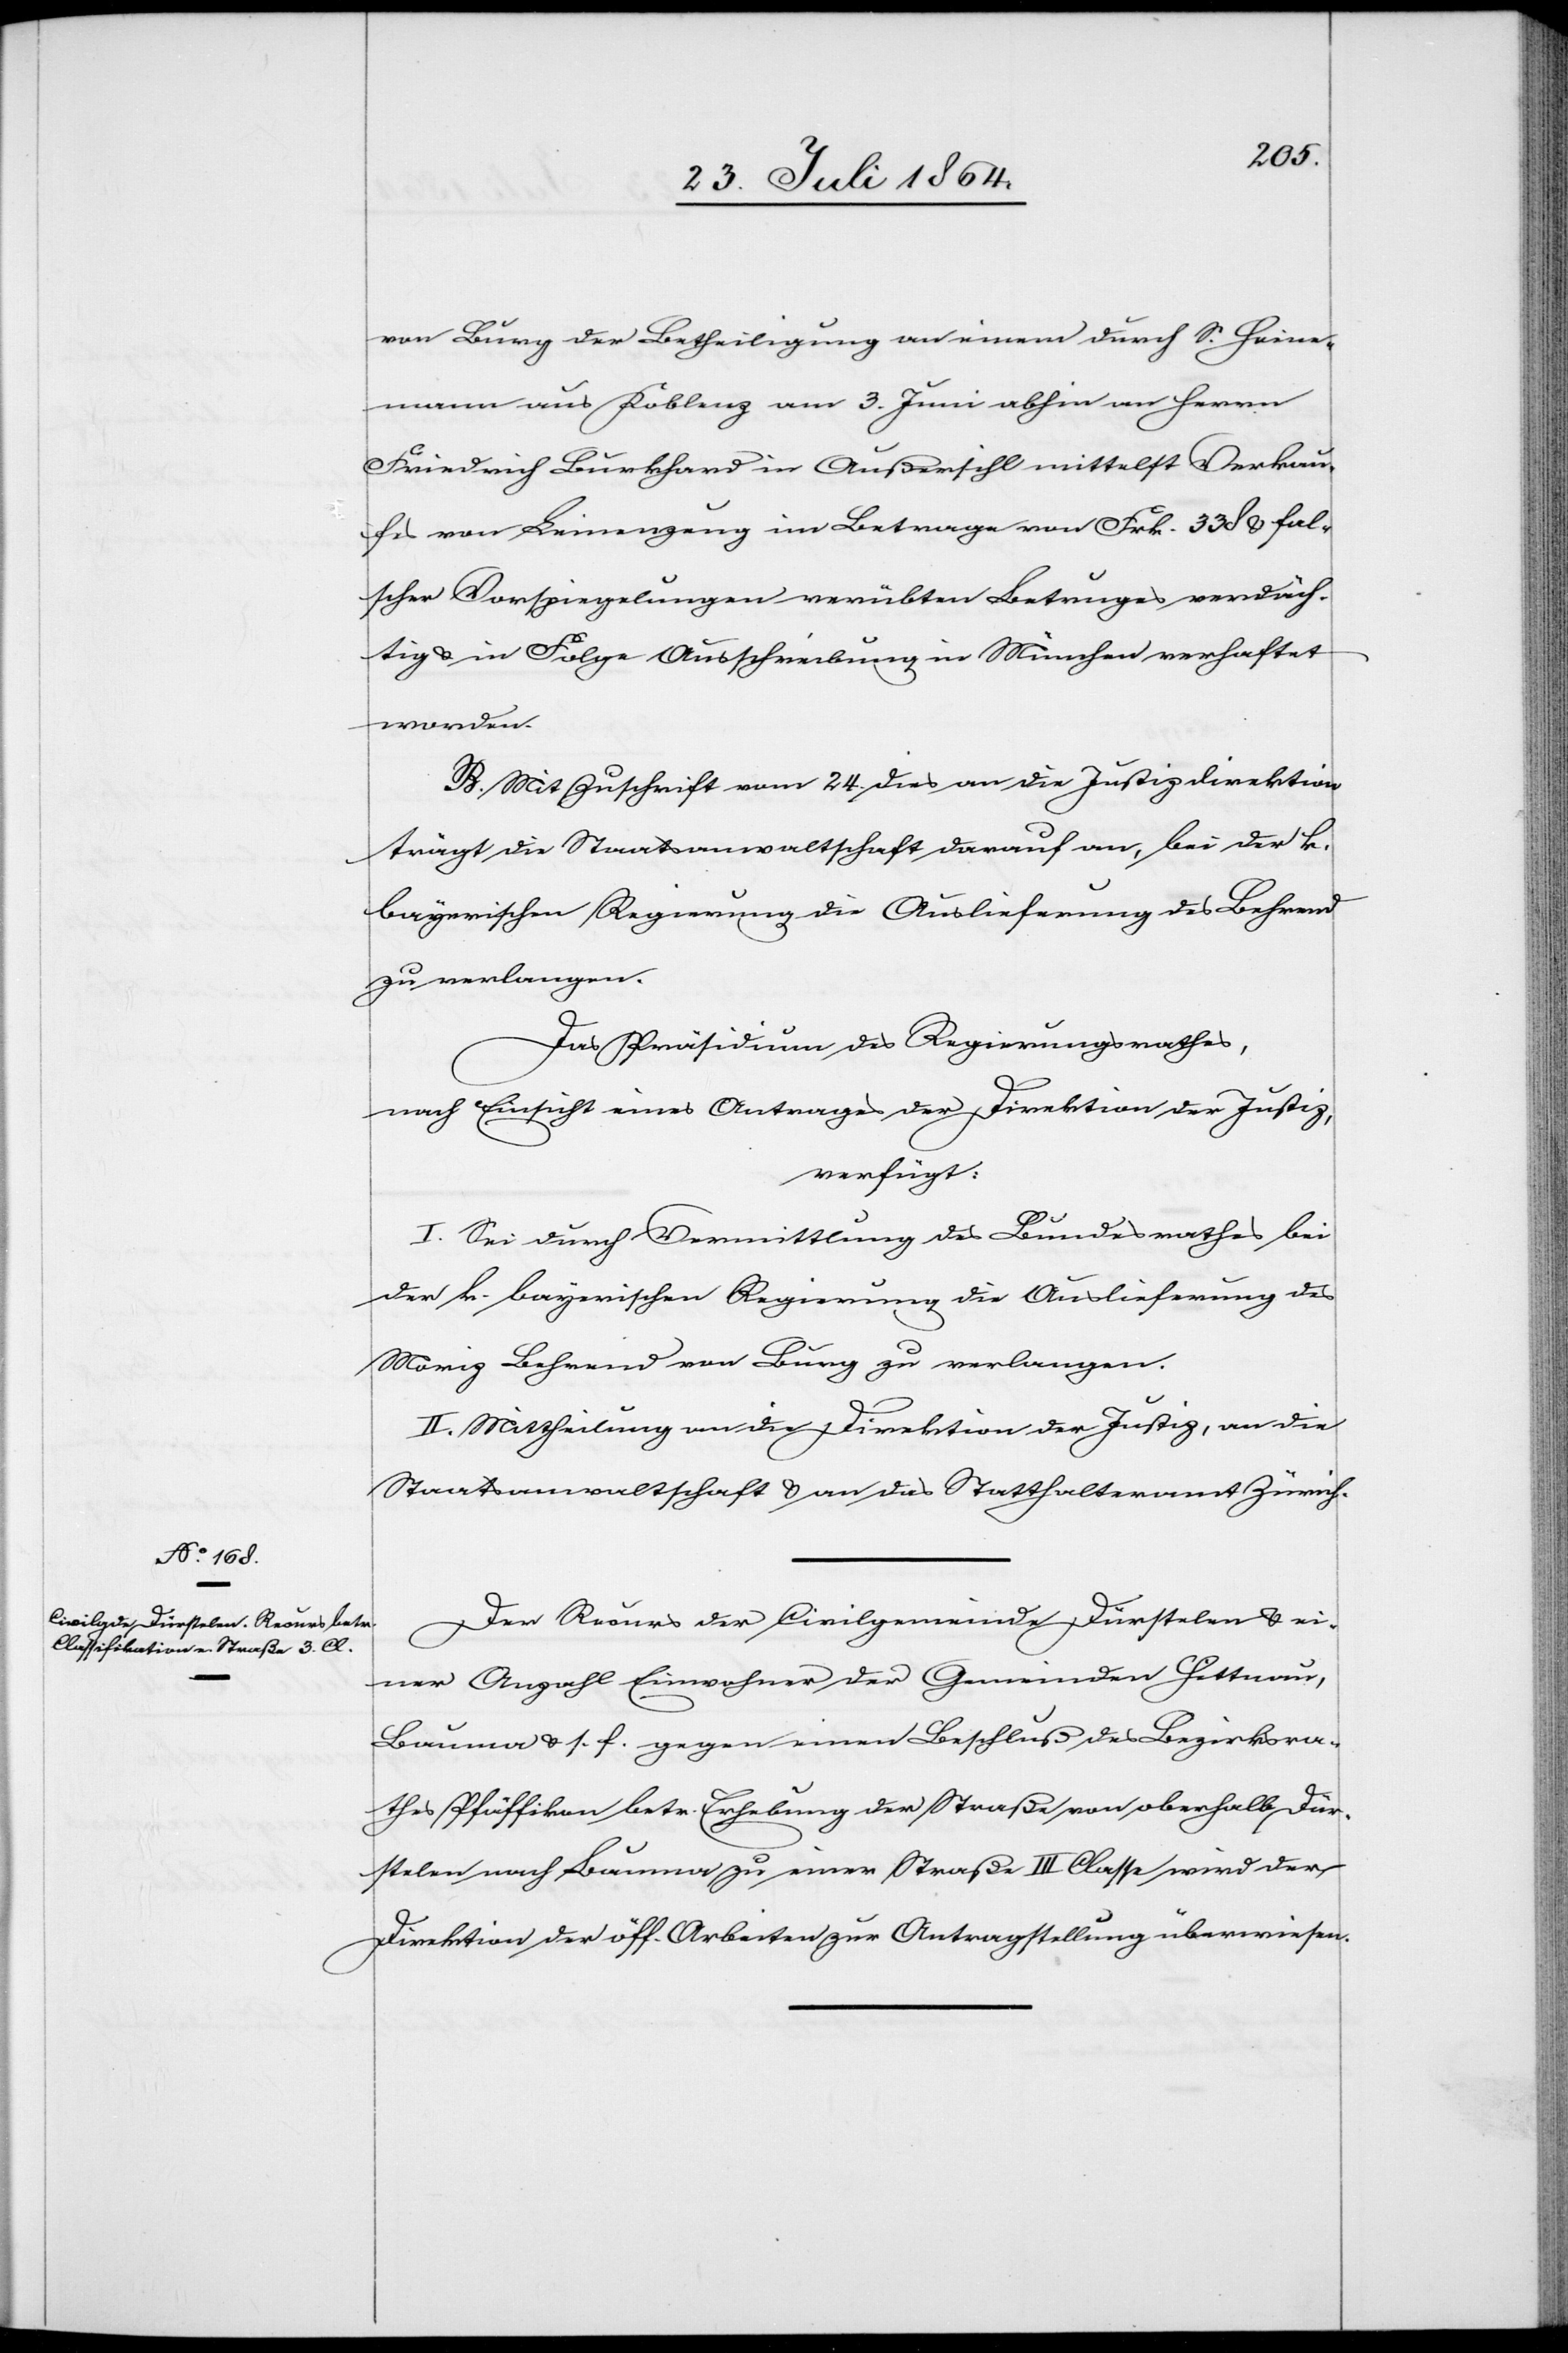
28. Juli 1864.]
von Burg der Betheiligung an einem durch S. Heine¬
mann aus Koblenz am 2. Juni abhin an Herrn
Friedrich Burkhard in Außersihl mittelst Verkau¬
fes von Leinenzeug im Betrage von Frk. 338 & fal¬
scher Vorspiegelungen verübten Betruges verdäch¬
tig & in Folge Ausschreibung in München verhaftet
worden.
B. Mit Zuschrift vom 24. dies an die Justizdirektion
trägt die Staatsanwaltschaft darauf an, bei der k.
bayerischen Regierung die Auslieferung des Behrend
zu verlangen.
Das Präsidium des Regierungsrathes,
nach Einsicht eines Antrages der Direktion der Justiz,
verfügt:
I. Sei durch Vermittlung des Bundesrathes bei
der k. bayerischen Regierung die Auslieferung des
Moriz Behrend von Burg zu verlangen.
II. Mittheilung an die Direktion der Justiz, an die
Staatsanwaltschaft & an das Statthalteramt Zürich.
Der Rekurs der Civilgemeinde Dürstelen & ei¬
ner Anzahl Einwohner der Gemeinde Hittnau,
Bauma & s. f. gegen einen Beschluß des Bezirksra¬
thes Pfäffikon betr. Erhebung der Straße von oberhalb Dür¬
stelen nach Bauma zu einer Straße III. Classe wird der
Direktion der öff. Arbeiten zur Antragstellung überwiesen.